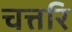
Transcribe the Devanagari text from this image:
चत्तरि